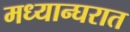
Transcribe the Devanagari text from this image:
मध्यान्घरात